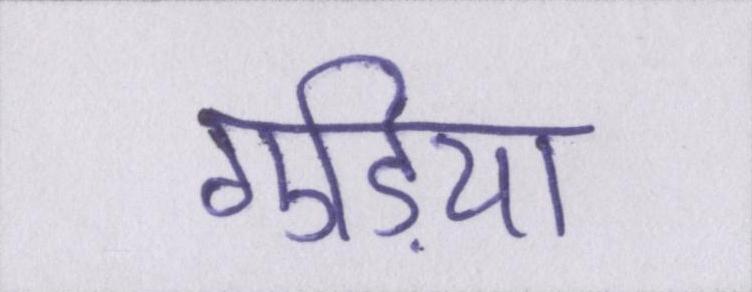
गुड़िया